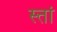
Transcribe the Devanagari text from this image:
स्तां